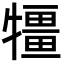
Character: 㹔